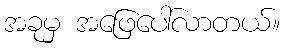
အခုမှ အဖြေပေါ်လာတယ်။